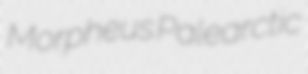
Morpheus Palearctic